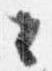
々